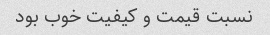
نسبت قیمت و کیفیت خوب بود